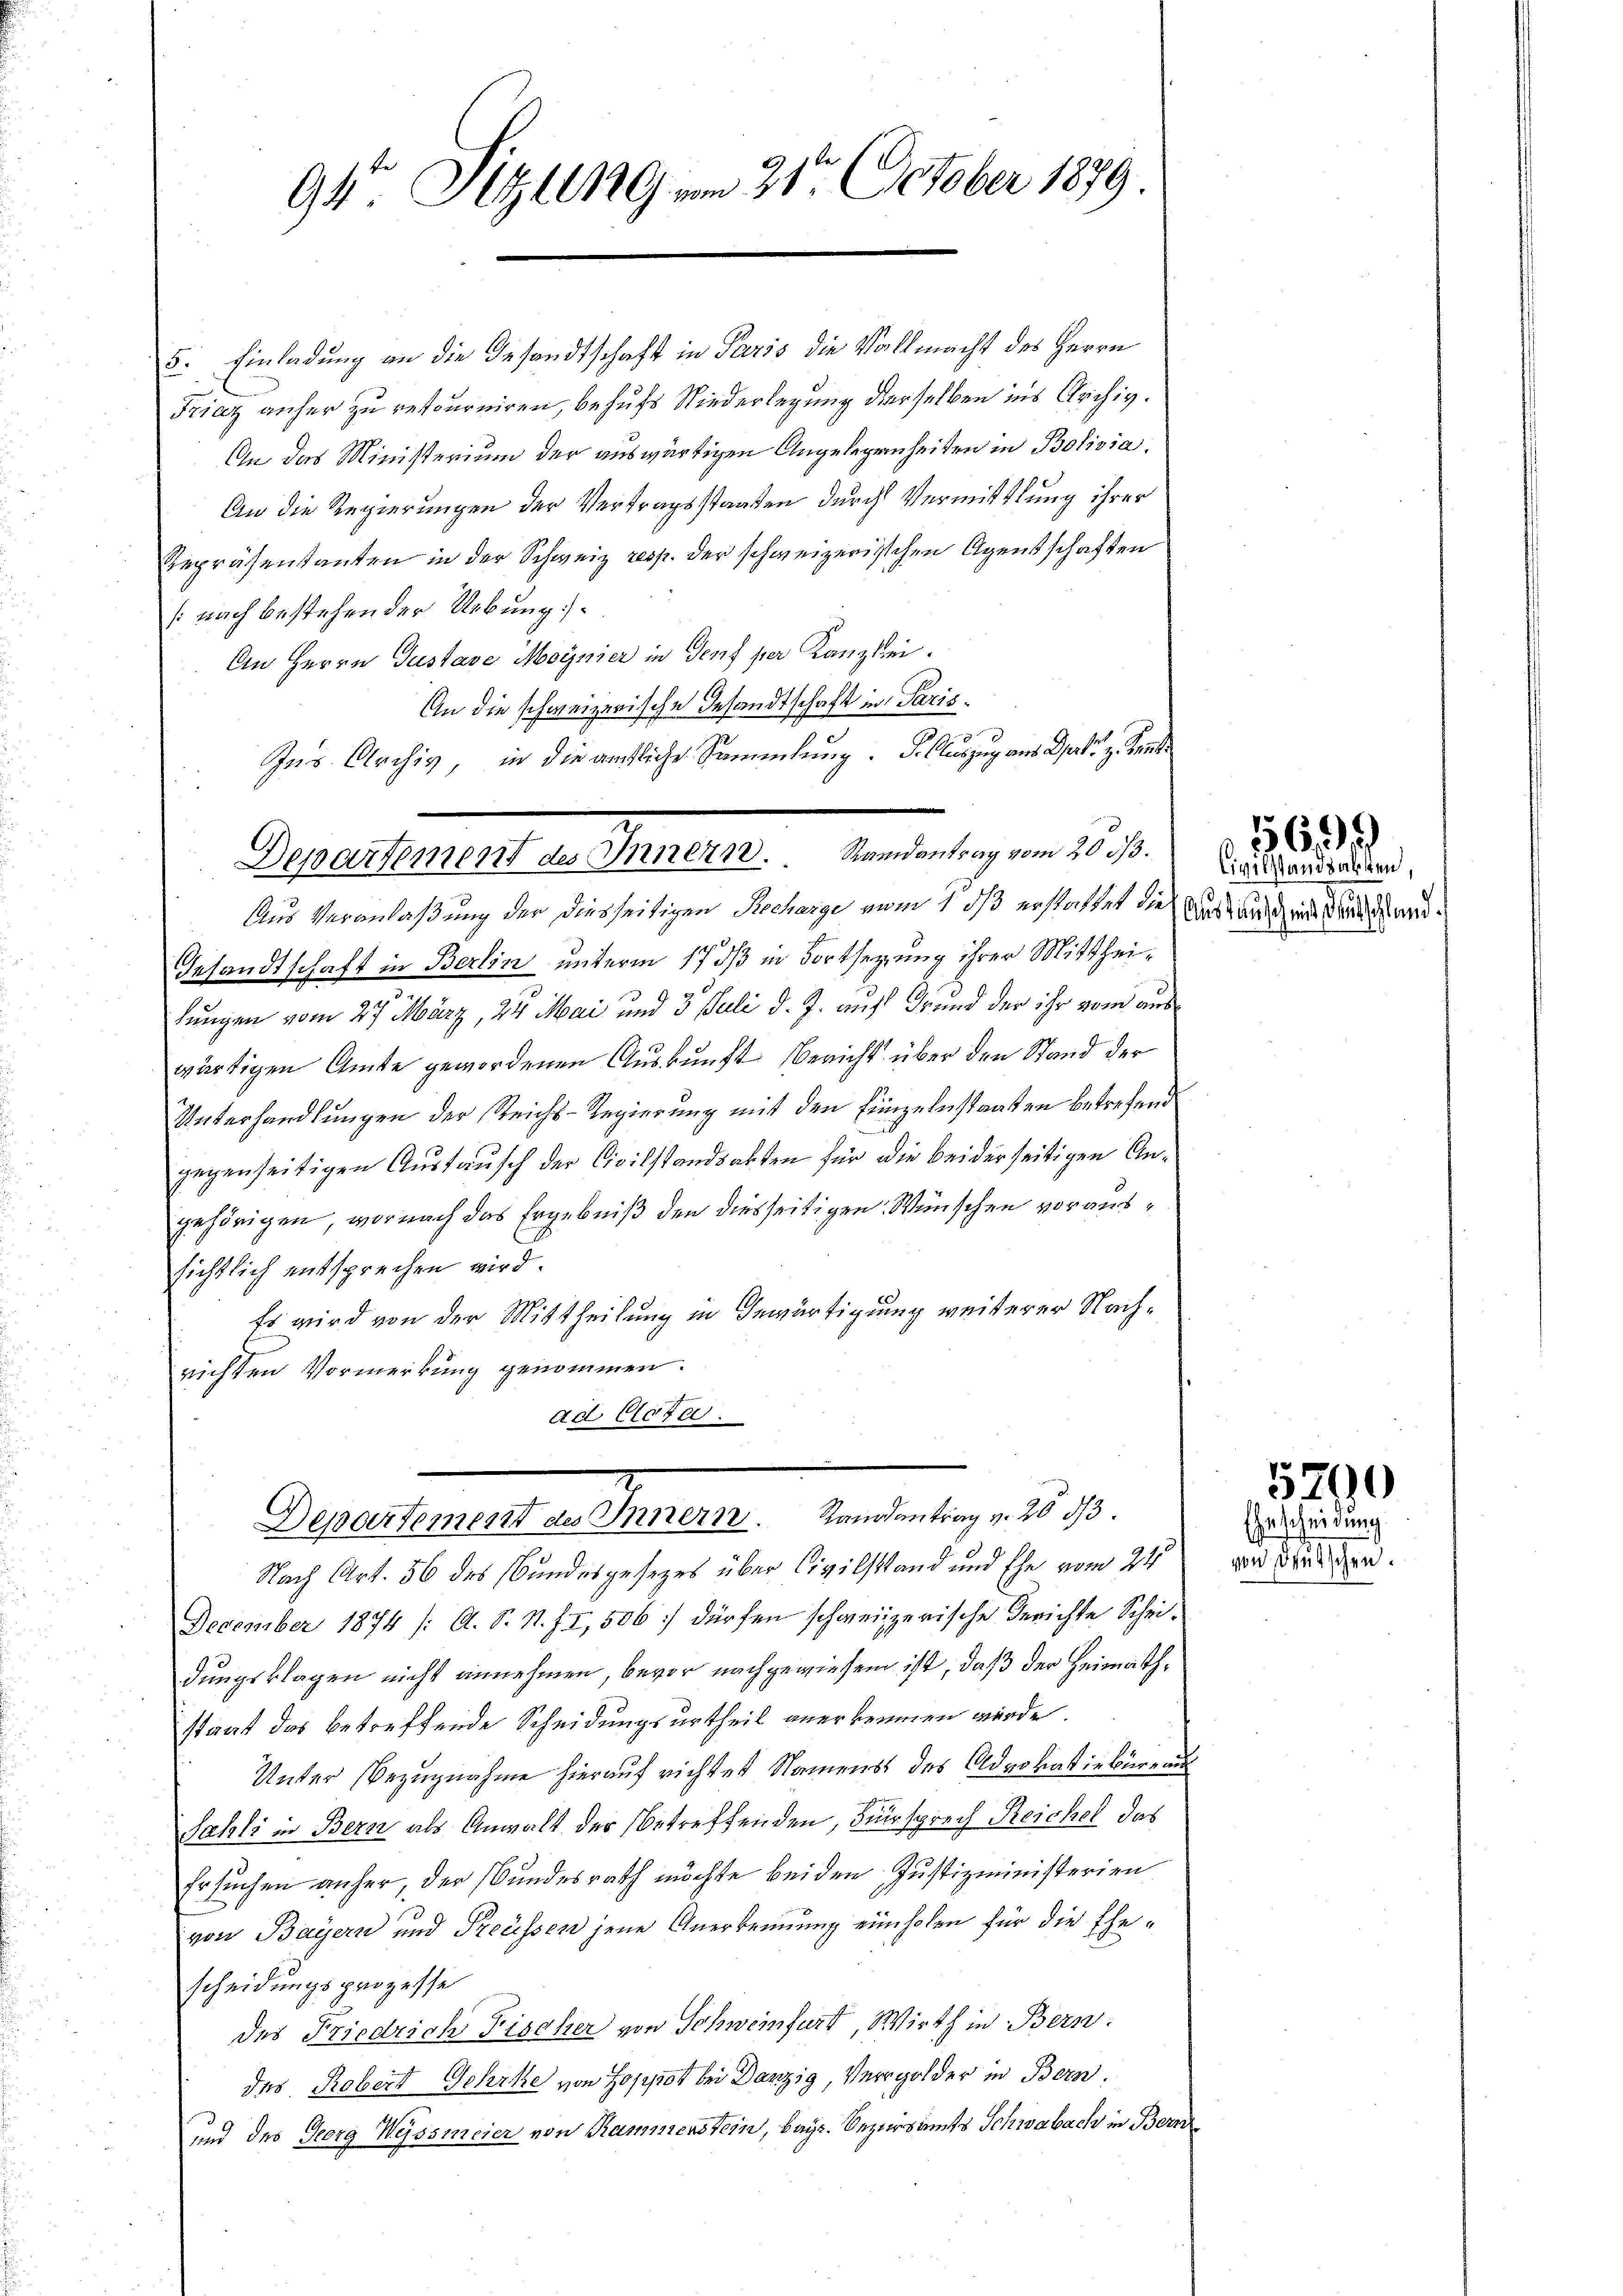
94. Sitzung vom 21t October 1879

5. Einladung an die Gesandtschaft in Paris die Vollmacht des Herrn
Friaz anher zu retourniren, behufs Niederlegung derselben ins Archiv.
An das Ministerium der auswärtigen Angelegenheiten in Bolivia.
An die Regierungen der Vertragsstaaten durch Vermittlung ihrer
Repräsentanten in der Schweiz resp. der schweizerischen Agentschaften
[nach bestehender Uebung.
An Herrn Gustave Moynier in Genf per Kanzlei.
An die schweizerische Gesandtschaft in Paris¬
Ins Archiv, in die amtliche Sammlung. So auszug aus Dr. v. Kant
Aus Veranlaßung der diesseitigen Recharge vom 1 dß erstattet die Austauschen seien d
Gesandtschaft in Berlin unterm 17 dß in Fortsetzung ihrer Mittheilungen vom 27. März, 24 Mai und 3. Juli d. J. auf Grund der ihr vom auswärtigen Amte gewordenen Auskunft Bericht über den Stand der
Unterhandlungen der Reichs-Regierung mit den Einzelnstaaten betrefend
gegenseitigen Austausch der Civilstandsakten für die beiderseitigen Angehörigen, wornach das Ergebniß den diesseitigen Wünschen voraussichtlich entsprechen wird.
Es wird von der Mittheilung in Gewärtigung weiterer Nachrichten Vormerkung genommen.
ad. Cota.
Departement des Innern. Randantrag v. 203/3.
Nach Art. 56 des Bundesgesezes über Civilstand und Ehe vom 24.
December 1874 /: A. S. N. II, 506 dürfen schweizerische Gerichte Scheidungsklagen nicht annehmen, bevor nachgewiesen ist, daß der Heimathstaat das betreffende Scheidungsurtheil anerkennen würde.
Unter Bezugnahme hierauf richtet Namens des Advokativbüreau
Sahli in Bern als Anwalt der betreffenden, Fürsprech Reichel, das
Ersuchen anher, der Bundesrath möchte beiden Justizministerien
von Bayern und Preissen jene Anerkennung einholen für die Ehescheidungsprozesse
des Friedrich Fischer von Schweinfurt, Wirth in Bern.
des Robert Gehrte von Josipot bei Danzig, Vergolder in Bern.
und des Georg Weissmeier von Rammenstein, bayr. Bezirksamts Schwabach in Bern

.
Departement des Innern. Randantrag vom 20. 53.

Civilstandsarten,

5699

5790
Ehescheidung

von Ausschr